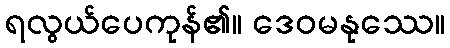
ရလွယ်ပေကုန်၏။ ဒေဝမနုဿေ။